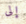
إلى